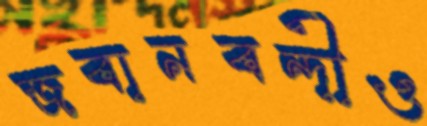
জবানবন্দীও